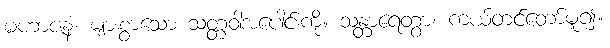
မဟာဇနံ၊ များစွာသော သတ္တဝါအပေါင်းကို။ သန္တာရေတွာ၊ ကယ်တင်တော်မူ၍။